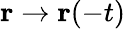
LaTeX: \mathbf{r}\rightarrow\mathbf{r}(-t)